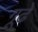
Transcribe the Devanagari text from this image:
गूढे